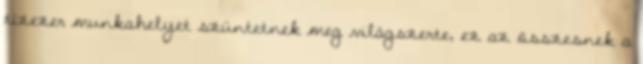
tízezer munkahelyet szüntetnek meg világszerte, ez az összesnek a